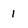
Character: 1